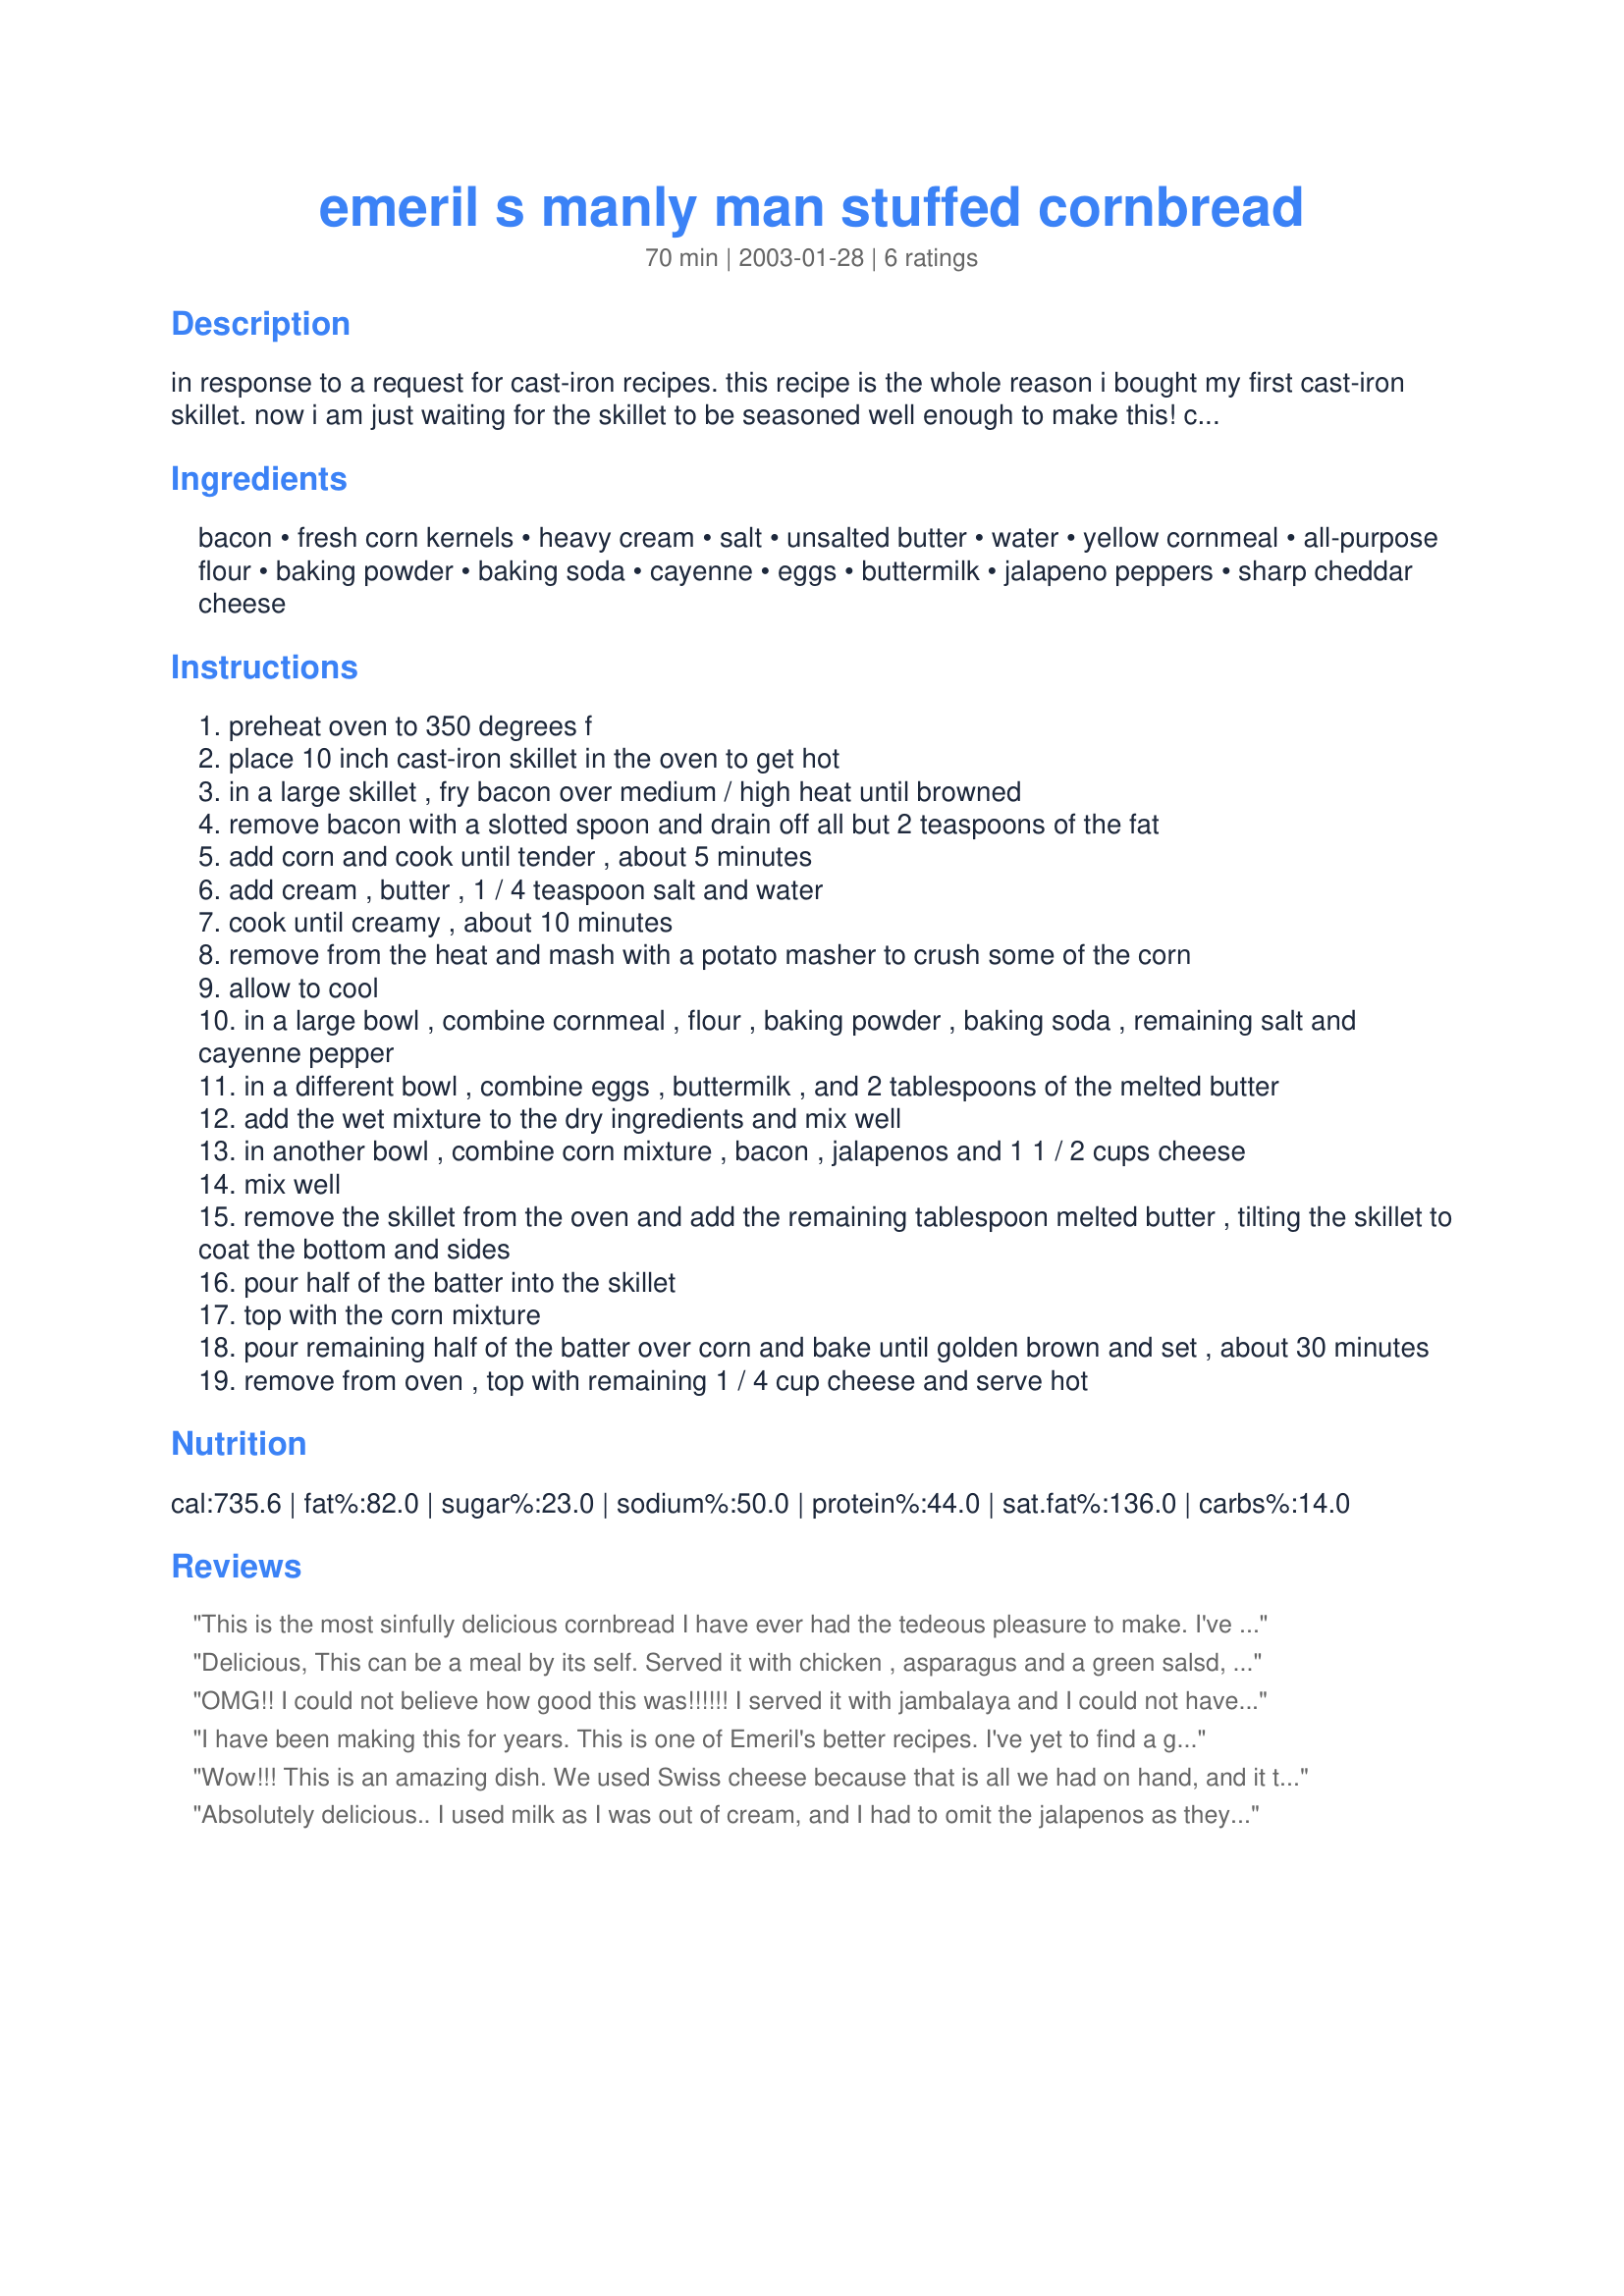
emeril s manly man stuffed cornbread
Preparation time: 70 minutes

in response to a request for cast-iron recipes. this recipe is the whole reason i bought my first cast-iron skillet. now i am just waiting for the skillet to be seasoned well enough to make this! cook time includes saute time for the corn.

Ingredients:
bacon, fresh corn kernels, heavy cream, salt, unsalted butter, water, yellow cornmeal, all-purpose flour, baking powder, baking soda, cayenne, eggs, buttermilk, jalapeno peppers, sharp cheddar cheese

Steps:
preheat oven to 350 degrees f
place 10 inch cast-iron skillet in the oven to get hot
in a large skillet , fry bacon over medium / high heat until browned
remove bacon with a slotted spoon and drain off all but 2 teaspoons of the fat
add corn and cook until tender , about 5 minutes
add cream , butter , 1 / 4 teaspoon salt and water
cook until creamy , about 10 minutes
remove from the heat and mash with a potato masher to crush some of the corn
allow to cool
in a large bowl , combine cornmeal , flour , baking powder , baking soda , remaining salt and cayenne pepper
in a different bowl , combine eggs , buttermilk , and 2 tablespoons of the melted butter
add the wet mixture to the dry ingredients and mix well
in another bowl , combine corn mixture , bacon , jalapenos and 1 1 / 2 cups cheese
mix well
remove the skillet from the oven and add the remaining tablespoon melted butter , tilting the skillet to coat the bottom and sides
pour half of the batter into the skillet
top with the corn mixture
pour remaining half of the batter over corn and bake until golden brown and set , about 30 minutes
remove from oven , top with remaining 1 / 4 cup cheese and serve hot

Reviews:
This is the most sinfully delicious cornbread I have ever had the tedeous pleasure to make. I've lived in Texas for a breaf period of time and was introduced to cornbread and fell in love but everytime I tried to make it myself it turned out awful. NOT THIS TIME!!! My husband ate 4 pieces at dinner and said I HAVE TO make this with my chili.Thank you.
Delicious, This can be a meal by its self. Served it with chicken , asparagus and a green salsd, very good, Rich. Thanks for posting this very good recipe.
OMG!! I could not believe how good this was!!!!!! I served it with jambalaya and I could not have asked for a better meal, this morning I ate a slice for breakfast and it tastes as good left over as it does fresh. When I took it out of the pan last night it got all crumbly, but I do believe that is because it was hot, this morning I did not have that problem. Next time I would like to try it without all the stuffing, I think it would make a wonderful tasting plain cornbread. Thanks for sharing Kari!!!
I have been making this for years. This is one of Emeril's better recipes. I've yet to find a guest or family member that didn't rave about it. It takes a bit of time to prepare but it's worth it. I usually add a little more Jalapenos, bacon and extra cheese if I'm making it for myself--since I'm somewhat of a chili-head. I'll post a photo of this the next time I cook up a pan of it.
Wow!!! This is an amazing dish. We used Swiss cheese because that is all we had on hand, and it turned out just delicious.
Well written, easy to follow recipe, this will become a regular in our household.
Thanks for posting!
Absolutely delicious.. I used milk as I was out of cream, and I had to omit the jalapenos as they aren't popular in my house.. but WOW.
